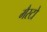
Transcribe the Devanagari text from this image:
मैस्टो